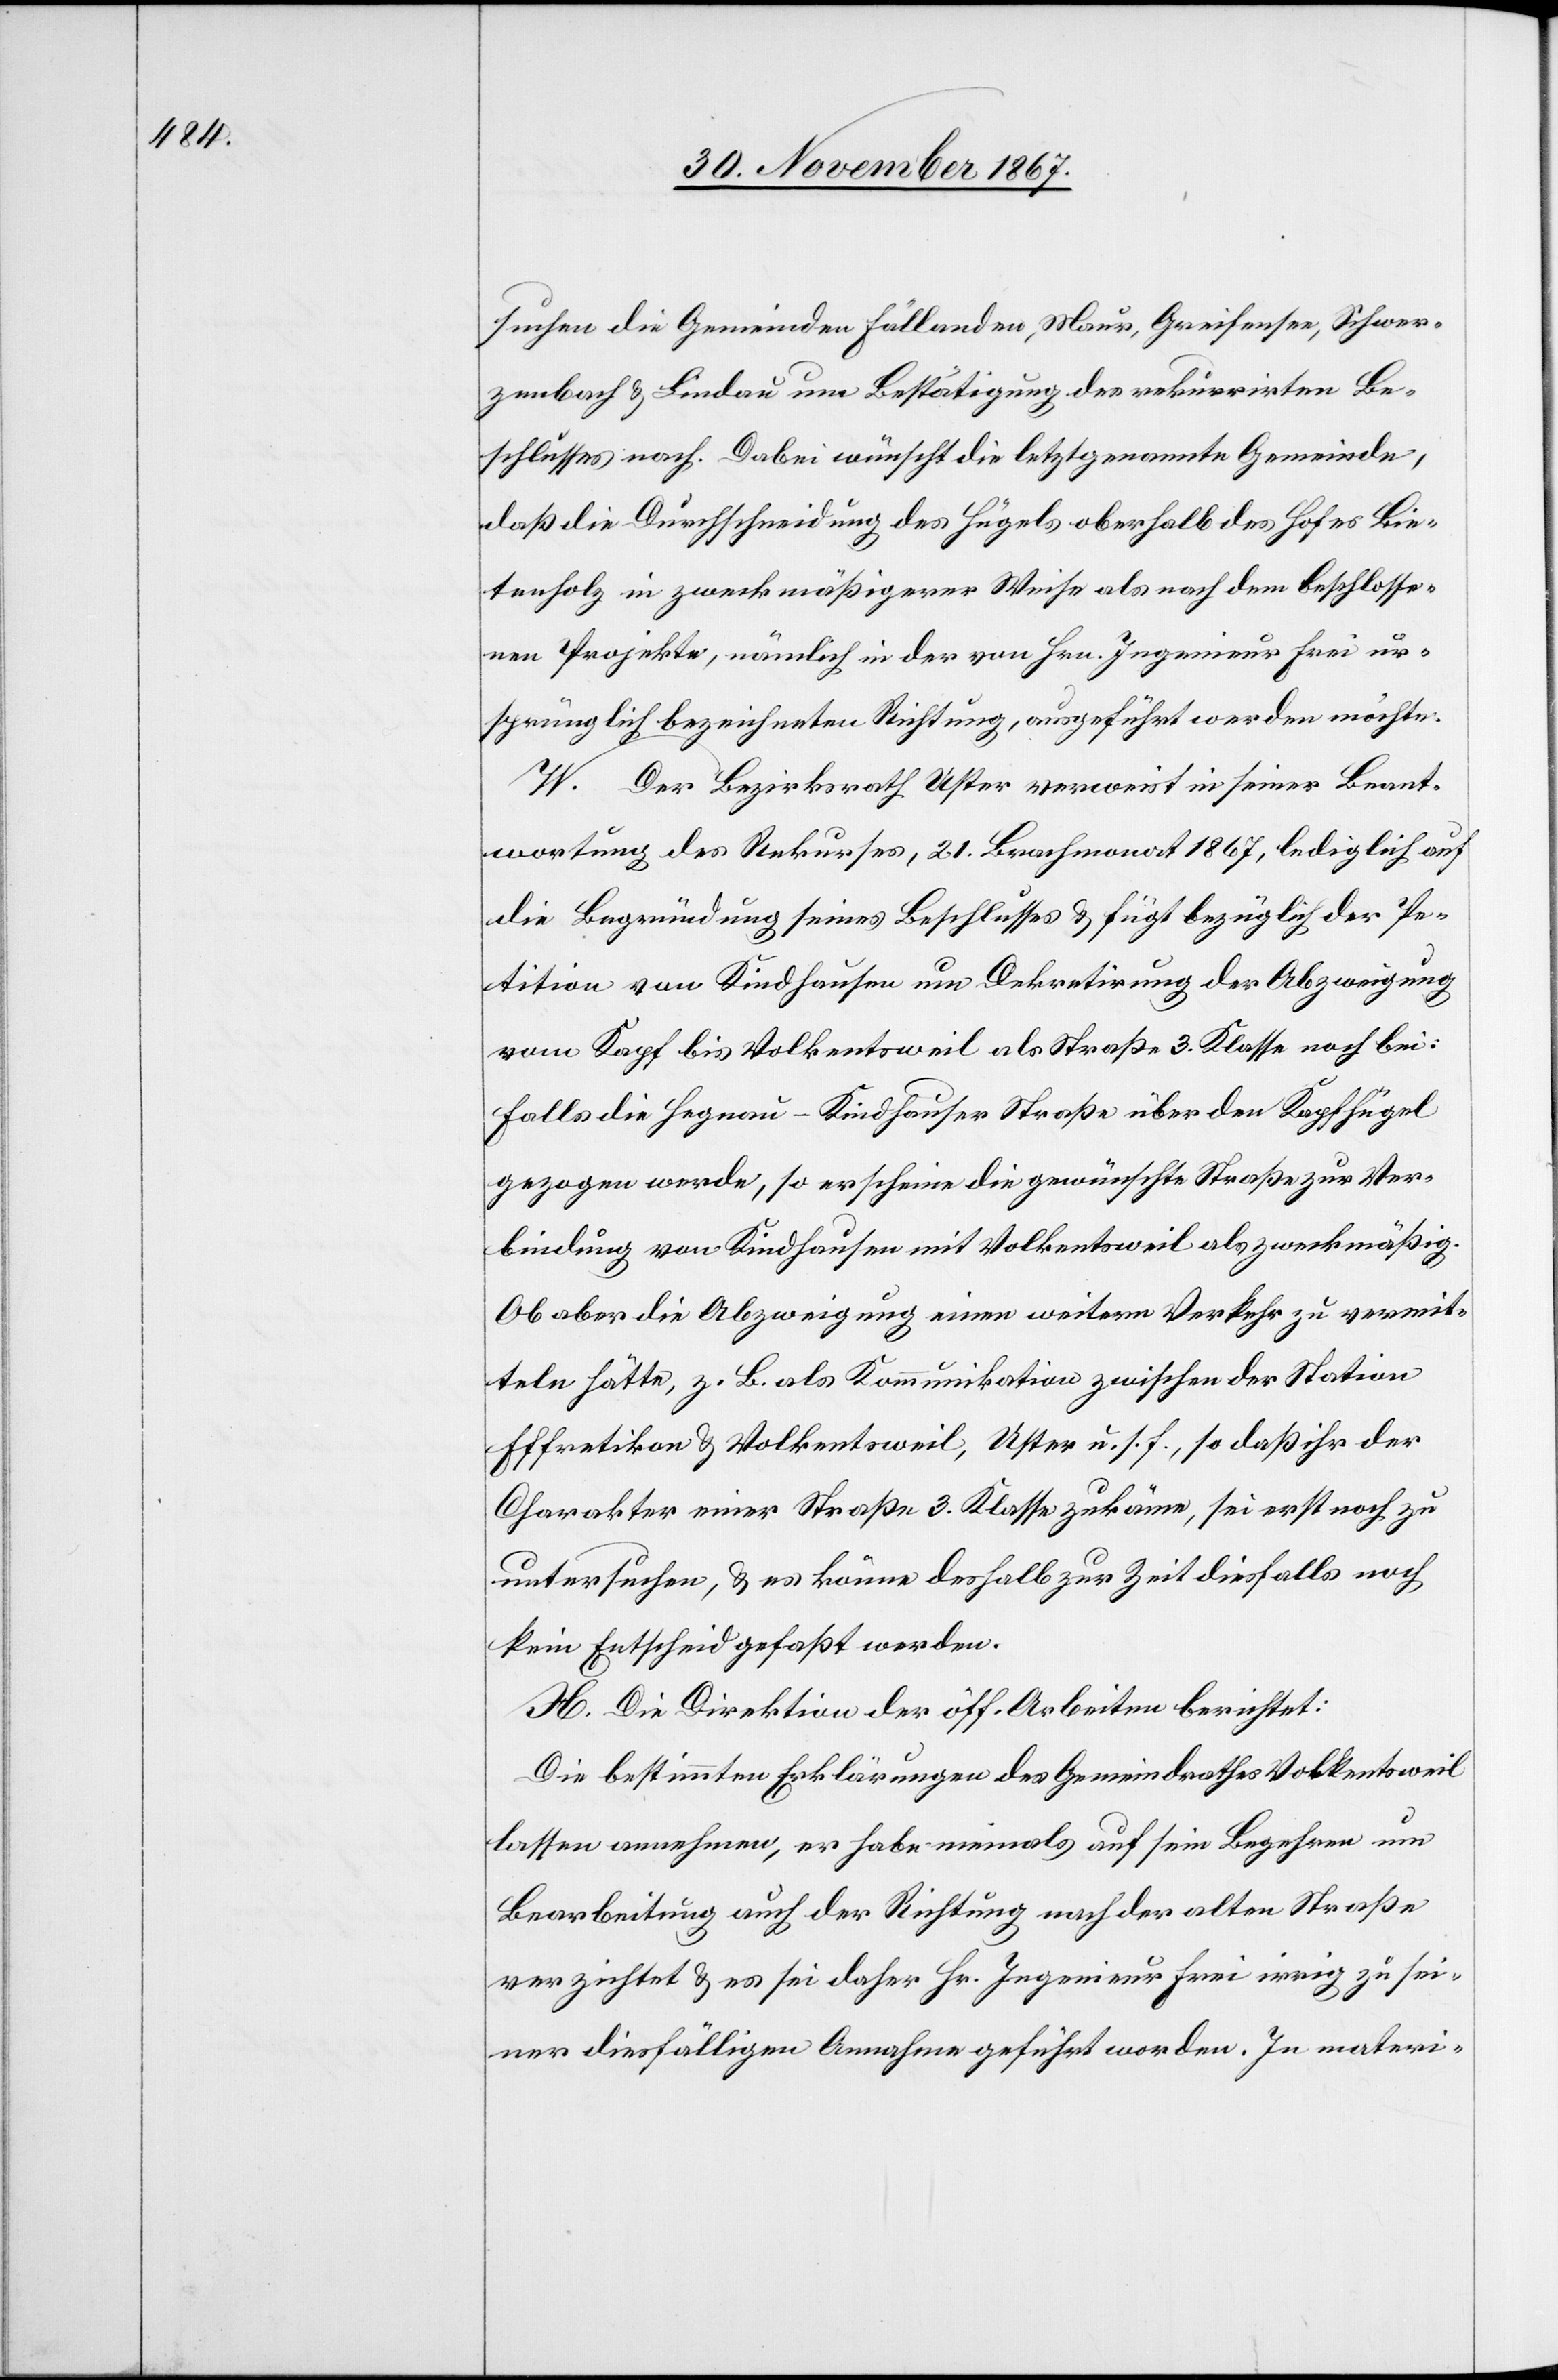
suchen die Gemeinden Fällanden, Maur, Greifensee, Schwer¬
zenbach u. Lindau um Bestätigung des rekurrirten Be¬
schlusses nach. Dabei wünscht die letztgenannte Gemeinde,
daß die Durchschneidung des Hügels oberhalb des Hofes Bie¬
tenholz in zweckmäßigerer Weise als nach dem beschlosse¬
nen Projekte, nämlich in der von Hrn. Ingenieur Frei ur¬
sprünglich bezeichneten Richtung, ausgeführt werden möchte.
W. Der Bezirksrath Uster verweist in seiner Beant¬
wortung des Rekurses, 21. Brachmonat 1867, lediglich auf
die Begründung seines Beschlusses u. fügt bezüglich der Po¬
sition von Kindhausen um Dekretirung der Abzweigung
vom Kapf bis Volkentsweil als Straße 3. Klasse noch bei:
Falls die Hegnau–Kindhausen Straße 3. Klasse über den Kapfhügel
gezogen werde, so erscheine die gewünschte Straße zur Ver¬
bindung von Kindhausen mit Volkentsweil als zweckmäßig.
Ob aber die Abzweigung einen weitern Verkehr zu vermit¬
teln hätte, z. B. als Kommunikation zwischen der Station
Effretikon u. Volkentsweil, Uster u. s. f., so daß ihr der
Charakter einer Straße 3. Klasse zukäme, sei erst noch zu
untersuchen, u. es könne deshalb zur Zeit diesfalls noch
kein Entscheid gefällt werden.
X. Die Direktion der öff. Arbeiten berichtet:
Die bestimmten Erklärungen des Gemeindrathes Volkentsweil
lassen annehmen, er habe niemals auf sein Begehren um
Bearbeitung auch der Richtung nach der alten Straße
verzichtet u. es sei daher Hr. Ingenieur Frei irrig zu sei¬
ner diesfälligen Annahme geführt worden. In materi-